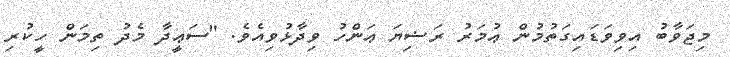
މިޖަވާބު އިވިވަޑައިގަތުމުން ޢުމަރު ރަޟިޔަ ޢަންހު ވިދާޅުވިއެވެ. "ސަޢީދާ މެދު ތިމަން ހީކުރި